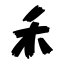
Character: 禾